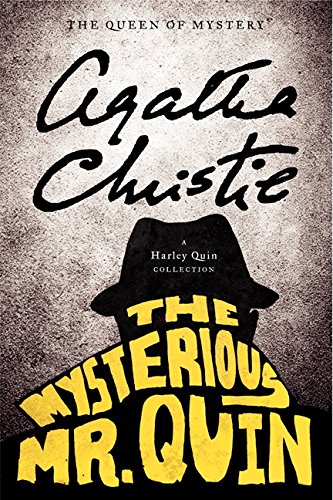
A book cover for The Mysterious Mr. Quin: A Harley Quin Collection (Harley Quin Mysteries); Agatha Christie; Mystery, Thriller & Suspense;